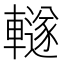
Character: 䡵